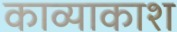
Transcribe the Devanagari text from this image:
काव्याकाश